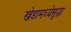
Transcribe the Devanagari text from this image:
खेडामध्येसुद्धा